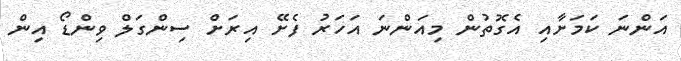
އަންނަ ކަމަށާއި އެގޮތުން މިއަންނަ އަހަރު ފެށޭ އިރަށް ސިންގަލް ވިންޑޯ އިން